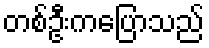
တစ်ဦးကပြောသည်